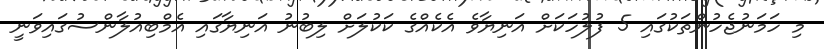
މި ހަމަނުޖެހުންތަކުގައި 5 ފުލުހަކަށް އަނިޔާވެ އެކެއްގެ ކަކުލަށް ލިބުނު އަނިޔާގައި އެމްބިއުލާންސުގައިވަނީ